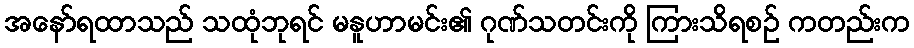
အနော်ရထာသည် သထုံဘုရင် မနူဟာမင်း၏ ဂုဏ်သတင်းကို ကြားသိရစဉ် ကတည်းက